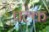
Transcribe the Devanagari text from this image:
पल्क